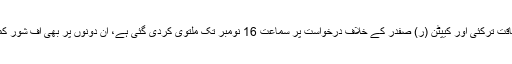
اس کے علاوہ عوامی نیشنل پارٹی کے سینیٹر لیاقت ترکئی اور کیپٹن (ر) صفدر کے خلاف درخواست پر سماعت 16 نومبر تک ملتوی کردی گئی ہے، ان دونوں پر بھی آف شور کمپنیوں سے متعلق معلومات چھپانے کا الزام ہے۔